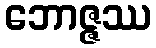
ဘောဇ္ဇဿ